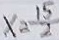
x _ { 2 } = \frac { 1 5 } { 2 }